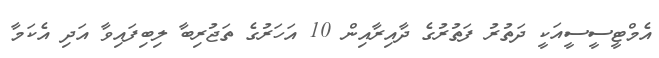
އެމްޓީސީސީއަކީ ދަތުރު ފަތުރުގެ ދާއިރާއިން 10 އަހަރުގެ ތަޖުރިބާ ލިބިފައިވާ އަދި އެކަމާ